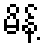
မိန့်